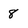
Character: 8